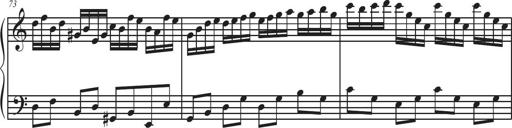
Title: Sonatina Espania
Composer: Jerald Franklin Archer
Key: Various